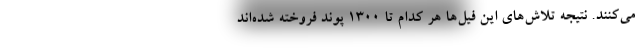
می‌کنند. نتیجه تلاش‌های این فیل‌ها هر کدام تا ۱۳۰۰ پوند فروخته شده‌اند